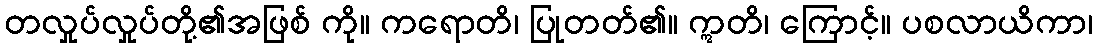
တလှုပ်လှုပ်တို့၏အဖြစ် ကို။ ကရောတိ၊ ပြုတတ်၏။ ဣတိ၊ ကြောင့်။ ပစလာယိကာ၊